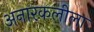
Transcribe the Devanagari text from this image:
अनारकलीला